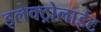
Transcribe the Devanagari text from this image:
इलेक्ट्रोलाईट